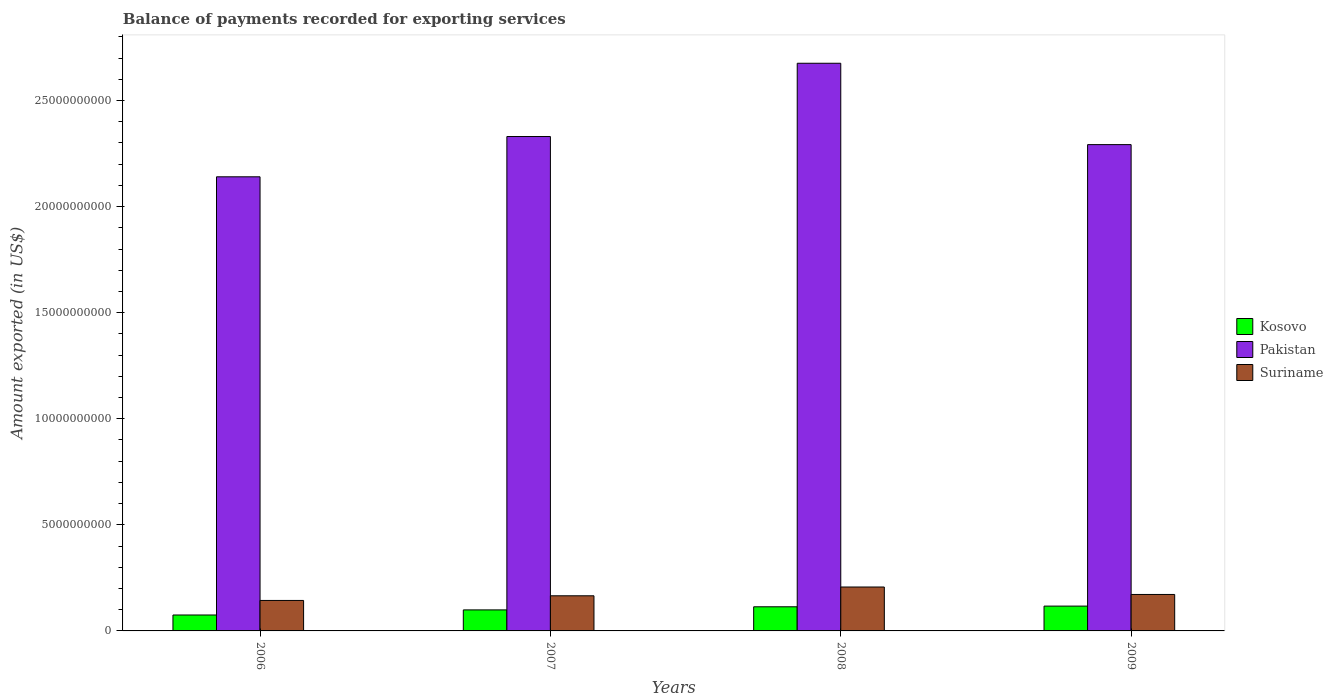
| Years | Kosovo | Pakistan | Suriname |
 | --- | --- | --- | --- |
 | 2006 | 7.5e+08 | 2.14e+10 | 1.44e+09 |
 | 2007 | 9.91e+08 | 2.33e+10 | 1.66e+09 |
 | 2008 | 1.14e+09 | 2.68e+10 | 2.07e+09 |
 | 2009 | 1.17e+09 | 2.29e+10 | 1.72e+09 |